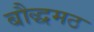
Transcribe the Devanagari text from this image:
बौद्धमठ